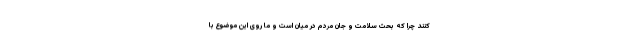
کنند چرا که بحث سلامت و جان مردم در میان است و ما روی این موضوع با